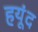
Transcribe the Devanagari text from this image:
हयूंद